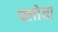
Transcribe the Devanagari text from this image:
फ्लोया